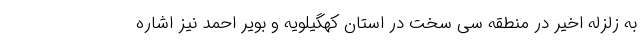
به زلزله اخیر در منطقه سی سخت در استان کهگیلویه و بویر احمد نیز اشاره